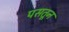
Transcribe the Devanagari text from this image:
पसतून